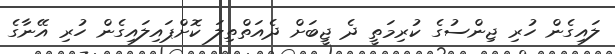
ލައިގެން ހުރި ޖިންސުގެ ކުރިމަތީ ދެ ޖީބަށް ދެއަތްތިލަ ކޮށްޕައިލައިގެން ހުރި އޭނާގެ